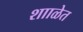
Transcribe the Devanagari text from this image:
शााळेत